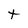
Character: t